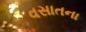
વસાતના